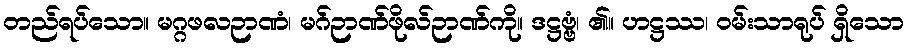
တည်ရပ်သော။ မဂ္ဂဖလဉာဏံ၊ မဂ်ဉာဏ်ဖိုလ်ဉာဏ်ကို။ ဒဋ္ဌဗ္ဗံ၊ ၏။ ဟဋ္ဌဿ၊ ဝမ်းသာရုပ် ရှိသော